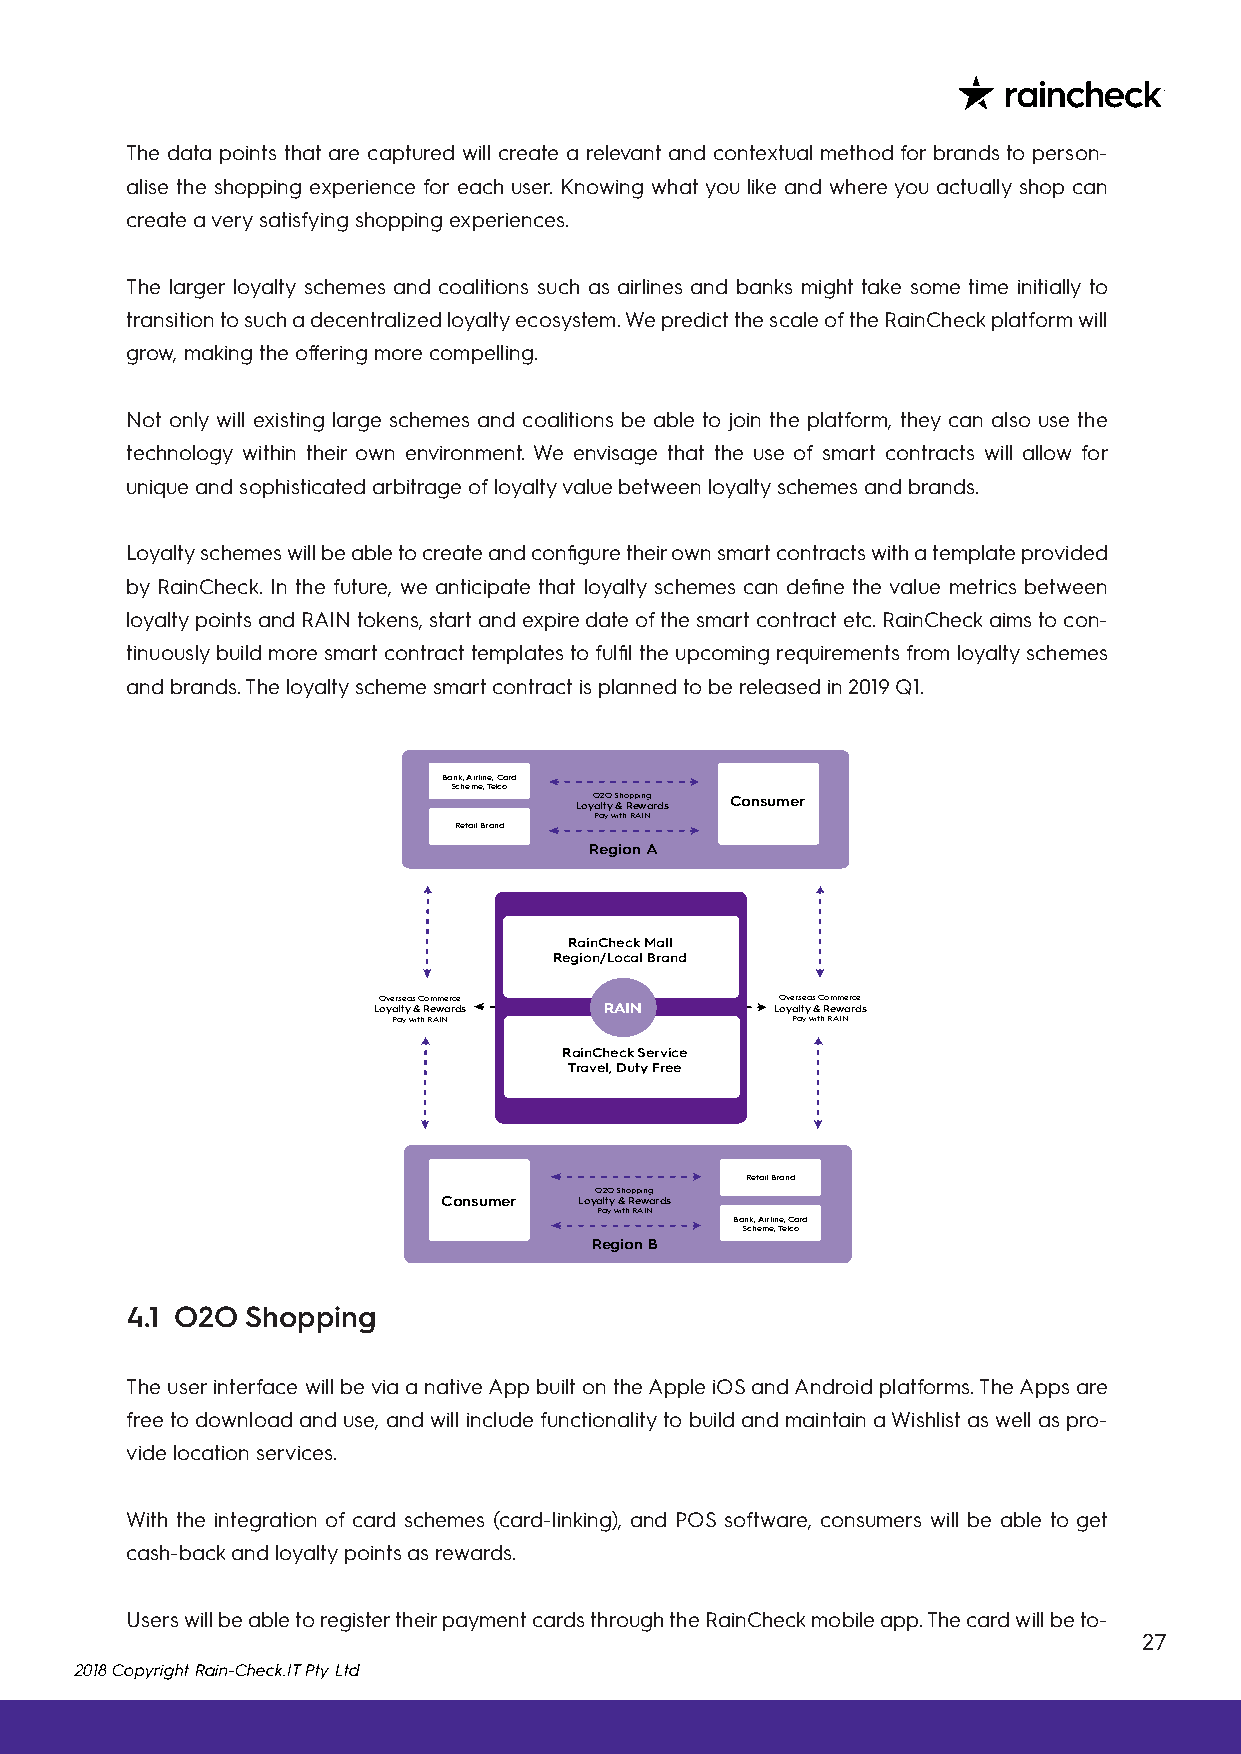
The data points that are captured will create a relevant and contextual method for brands to person-
 alise the shopping experience for each user. Knowing what you like and where you actually shop can
 create a very satisfying shopping experiences.
 The larger loyalty schemes and coalitions such as airlines and banks might take some time initially to
 transition to such a decentralized loyalty ecosystem. We predict the scale of the RainCheck platform will
 grow, making the offering more compelling.
 Not only will existing large schemes and coalitions be able to join the platform, they can also use the
 technology within their own environment. We envisage that the use of smart contracts will allow for
 unique and sophisticated arbitrage of loyalty value between loyalty schemes and brands.
 Loyalty schemes will be able to create and configure their own smart contracts with a template provided
 by RainCheck. In the future, we anticipate that loyalty schemes can define the value metrics between
 loyalty points and RAIN tokens, start and expire date of the smart contract etc. RainCheck aims to con-
 tinuously build more smart contract templates to fulfil the upcoming requirements from loyalty schemes
 and brands. The loyalty scheme smart contract is planned to be released in 2019 Q1.
 Bank, Airline, Card
 Scheme, Telco
 O2O Shopping Consumer
 Loyalty & Rewards
 Pay with RAIN
 Retail Brand
 Region A
 RainCheck Mall
 Region/Local Brand
 Overseas Commerce          Overseas Commerce
 Loyalty & Rewards RAIN    Loyalty & Rewards
 Pay with RAIN             Pay with RAIN
 RainCheck Service
 Travel, Duty Free
 Retail Brand
 O2O Shopping
 Consumer Loyalty & Rewards
 Pay with RAIN
 Bank, Airline, Card
 Scheme, Telco
 Region B
 4.1 O2O Shopping
 The user interface will be via a native App built on the Apple iOS and Android platforms. The Apps are
 free to download and use, and will include functionality to build and maintain a Wishlist as well as pro-
 vide location services.
 With the integration of card schemes (card-linking), and POS software, consumers will be able to get
 cash-back and loyalty points as rewards.
 Users will be able to register their payment cards through the RainCheck mobile app. The card will be to-
 27
 2018 Copyright Rain-Check.IT Pty Ltd